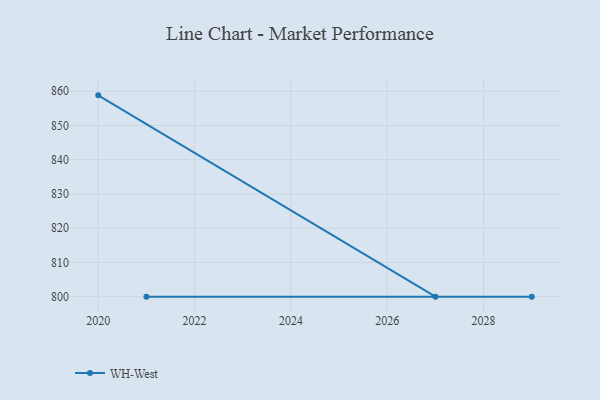
{"axis": {"x": "Year", "y": "Headcount"}, "legend": ["WH-West"], "data": [{"x": "2020", "y": 858.8, "type": "WH-West"}, {"x": "2027", "y": 800, "type": "WH-West"}, {"x": "2021", "y": 800, "type": "WH-West"}, {"x": "2029", "y": 800, "type": "WH-West"}]}